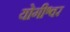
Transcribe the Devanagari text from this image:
योगीश्वर